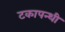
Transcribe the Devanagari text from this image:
टकापन्थी